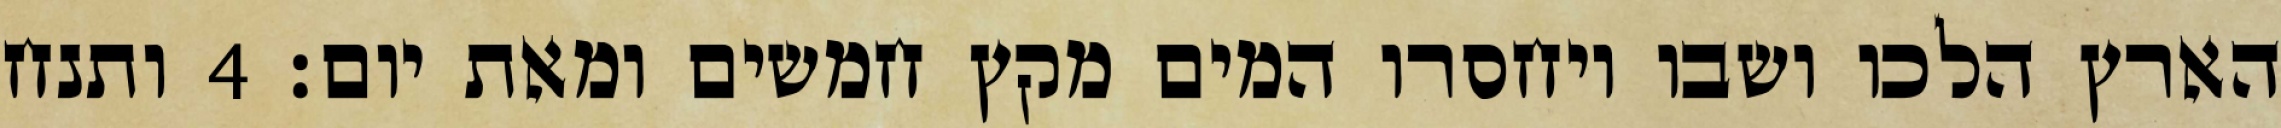
הארץ הלכו ושבו ויחסרו המים מקץ חמשים ומאת יום׃ ‎4‏ ותנח